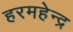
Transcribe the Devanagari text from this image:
हरमहेन्द्र